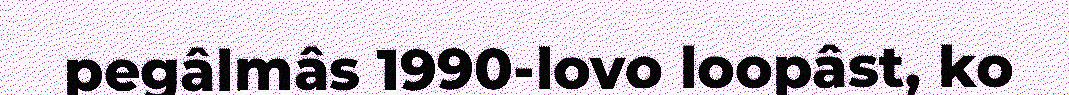
pegâlmâs 1990-lovo loopâst, ko